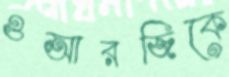
ওআরজিকে